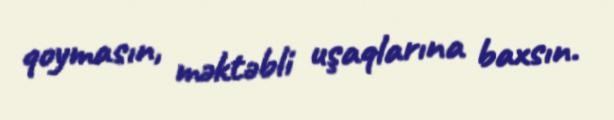
qoymasın, məktəbli uşaqlarına baxsın.